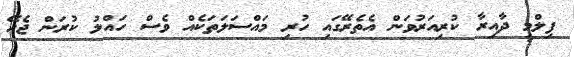
ފިލްމީ ދާއިރާ ކުރިއަރުވަން އެތެރޭގައި ހުރި މައްސަލަތަކެއް ވެސް ހައްލު ކުރަން ޖެހޭ